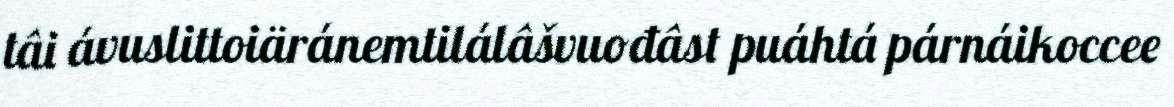
tâi ávuslittoiäránemtilálâšvuođâst puáhtá párnáikoccee